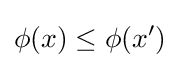
\phi (x)\leq \phi (x')